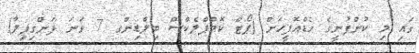
ގައި މި ކުންފުނީގެ ހެޑްއޮފީހަށް (ޕޯޓް ކޮމްޕްލެކްސް ބިލްޑިންގ 7 ވަނަ ފަންގިފިލާ)